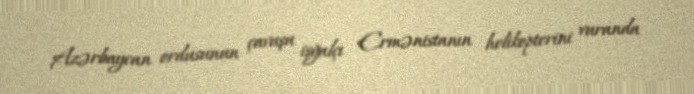
Azərbaycan ordusunun çavuşu işğalçı Ermənistanın helikopterini vuranda